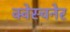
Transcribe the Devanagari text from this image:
क्वेस्चनेर